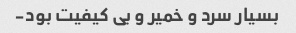
بسیار سرد و خمیر و بی کیفیت بود-